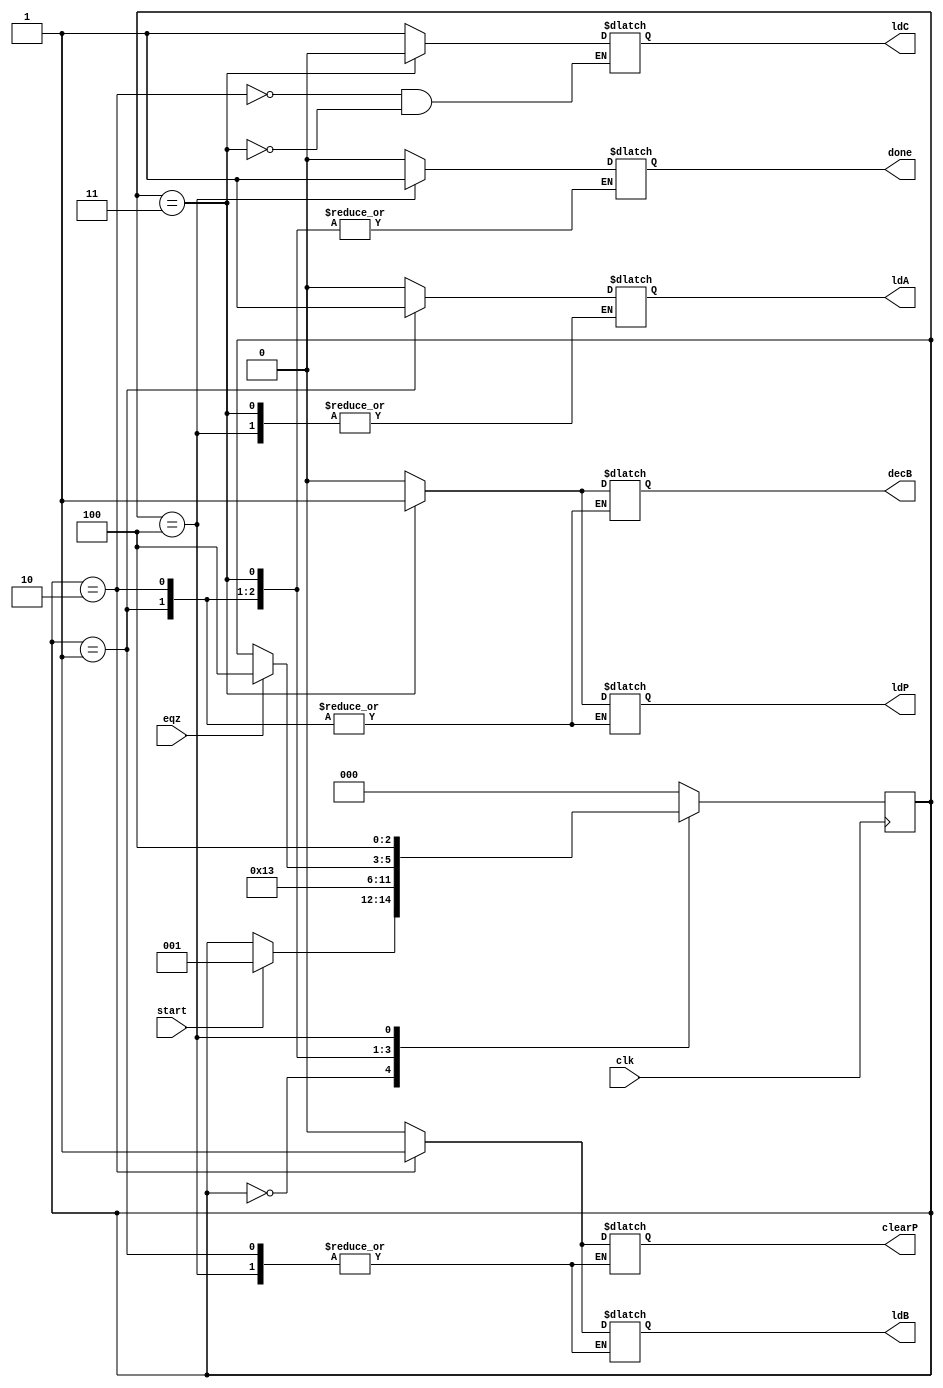
`timescale 1ns / 1ps

module mul_controller(done,ldA, ldB, ldP, ldC, clearP, decB, start, eqz, clk);
	output reg done,ldA, ldB, ldP, ldC, clearP, decB;
	input start, eqz, clk;
	reg [2:0] state;
	parameter s0=0, s1=1, s2=2, s3=3,s4=4, s5=5;
	
	always@(posedge clk) begin
		case (state)
			s0: if(start) state<=s1;
			s1: state<=s2;
			s2: state<=s3;
			s3: #1 if(eqz) state<=s4;
			s4: state<=s4;
			default: state<=s0;
		endcase
	end
	
	always@(state) begin
		case(state)
			s0: begin done=0; ldA=0; ldB=0; ldP=0; clearP=0; decB=0; end
			s1: begin ldA=1; end
			s2: begin ldA=0; ldB=1; ldC=1; clearP=1; end
			s3: begin ldB=0; ldC=0; clearP=0; decB=1; ldP=1; end
			s4: begin ldP=0; decB=0; done=1; end
			default: begin done=1'bx; ldA=1'bx; ldB=1'bx; ldP=1'bx; clearP=1'bx; decB=1'bx; end
		endcase
	end
endmodule